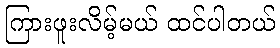
ကြားဖူးလိမ့်မယ် ထင်ပါတယ်